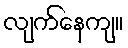
လျက်နေကျ။